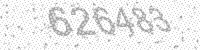
Solution: 626483